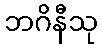
ဘဂိနီသု